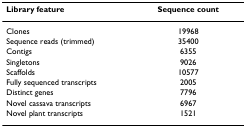
<table><thead><tr><td><b>Library feature</b></td><td><b>Sequence count</b></td></tr></thead><tbody><tr><td>Clones</td><td>19968</td></tr><tr><td>Sequence reads (trimmed)</td><td>35400</td></tr><tr><td>Contigs</td><td>6355</td></tr><tr><td>Singletons</td><td>9026</td></tr><tr><td>Scaffolds</td><td>10577</td></tr><tr><td>Fully sequenced transcripts</td><td>2005</td></tr><tr><td>Distinct genes</td><td>7796</td></tr><tr><td>Novel cassava transcripts</td><td>6967</td></tr><tr><td>Novel plant transcripts</td><td>1521</td></tr></tbody></table>